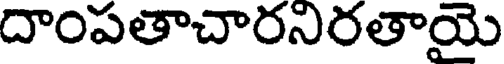
దాంపతాచారనిరతాయై